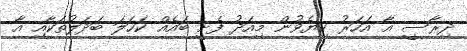
ދިރާސީ އާ އަހަރު ކިޔެވުން މިއަދު ފެށީ ބައެއް ކަހަލަ ބަދަލުތަކާއި އާ